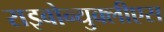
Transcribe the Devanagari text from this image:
राइबोन्युक्लीएस